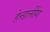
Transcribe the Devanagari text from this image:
हेन्डलींग